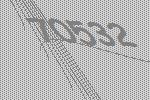
70532